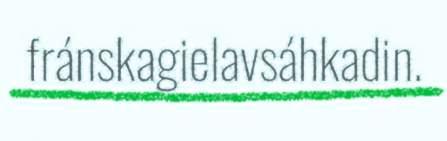
fránskagielavsáhkadin.